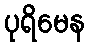
ပုရိမေန